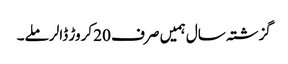
گزشتہ سال ہمیں صرف 20 کروڑ ڈالر ملے۔